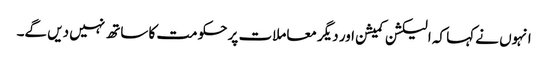
انہوں نے کہا کہ الیکشن کمیشن اور دیگر معاملات پر حکومت کا ساتھ نہیں دیں گے۔